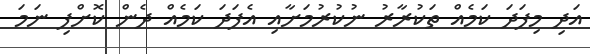
އަދި މިފަދަ ކަމެއް ތަކުރާރު ނުކުރުމަށާއި އެފަދަ ކަމެއް ދެން ކޮށްފި ނަމަ